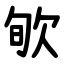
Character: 㰬